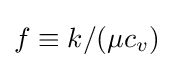
f\equiv k/(\mu c_{v})